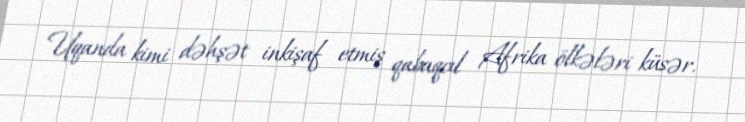
Uqanda kimi dəhşət inkişaf etmiş qabaqcıl Afrika ölkələri küsər.